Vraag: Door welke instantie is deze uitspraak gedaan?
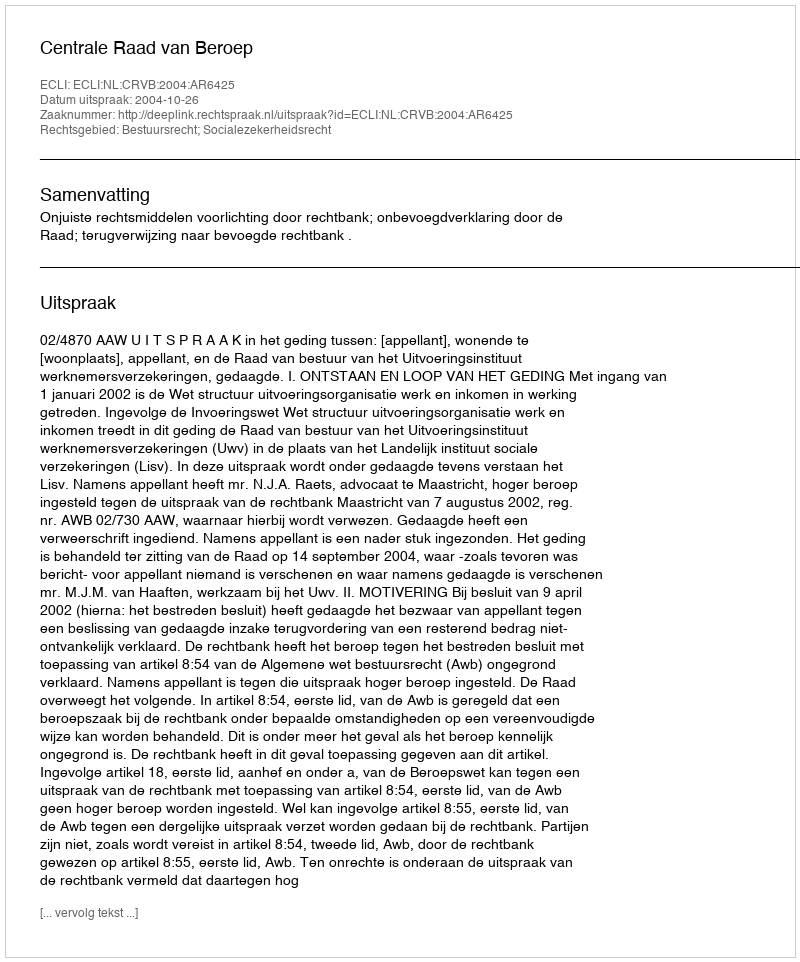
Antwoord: Centrale Raad van Beroep